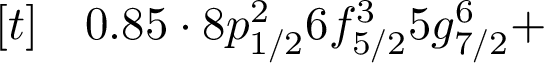
\begin{array} { r l } { [ t ] } & { { } 0 . 8 5 \cdot 8 p _ { 1 / 2 } ^ { 2 } 6 f _ { 5 / 2 } ^ { 3 } 5 g _ { 7 / 2 } ^ { 6 } + } \end{array}